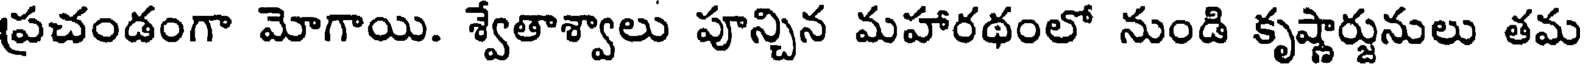
ప్రచండంగా మోగాయి. శ్వేతాశ్వాలు పూన్చిన మహారథంలో నుండి కృష్ణార్జునులు తమ